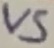
Text: VS